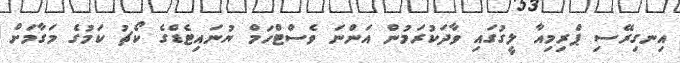
އިނގިރޭސި ޕްރިމިއާ ލީގުގައި ވާދަކުރަމުން އަންނަ ވެސްޓްހަމް ޔުނައިޓެޑްގެ ކޯޗު ކަމުގެ މަގާމަށް